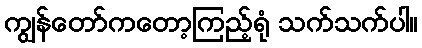
ကျွန်တော်ကတော့ကြည့်ရုံ သက်သက်ပါ။